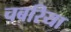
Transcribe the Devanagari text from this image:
चबरिया